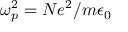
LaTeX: \omega _ { p } ^ { 2 } = N e ^ { 2 } / m \epsilon _ { 0 }